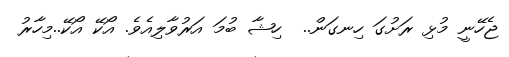
ޖެހޭނީ މުޅި ރަށުގަ ހިނގަން..  ހިޝާ ބުމަ އަރުވާލިއެވެ. އޯކޭ އޯކޭ..މިހާރު